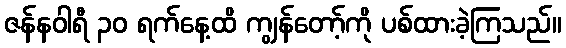
ဇန်နဝါရီ ၃၀ ရက်နေ့ထိ ကျွန်တော့်ကို ပစ်ထားခဲ့ကြသည်။